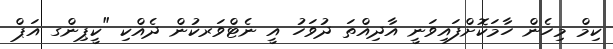
ކިމް މިހެން ހާމަކޮށްފައިވަނީ އާދިއްތަ ދުވަހު އީ ނެޓްވަރކުން ދެއްކި "ކީޕިންގ އަޕް